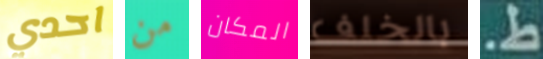
احدي من المكان بالخلف ط.